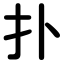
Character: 扑